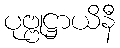
ပုဗ္ဗုဋ္ဌာယိနီ